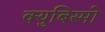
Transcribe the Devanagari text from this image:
क्युबिस्मो